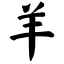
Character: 羊